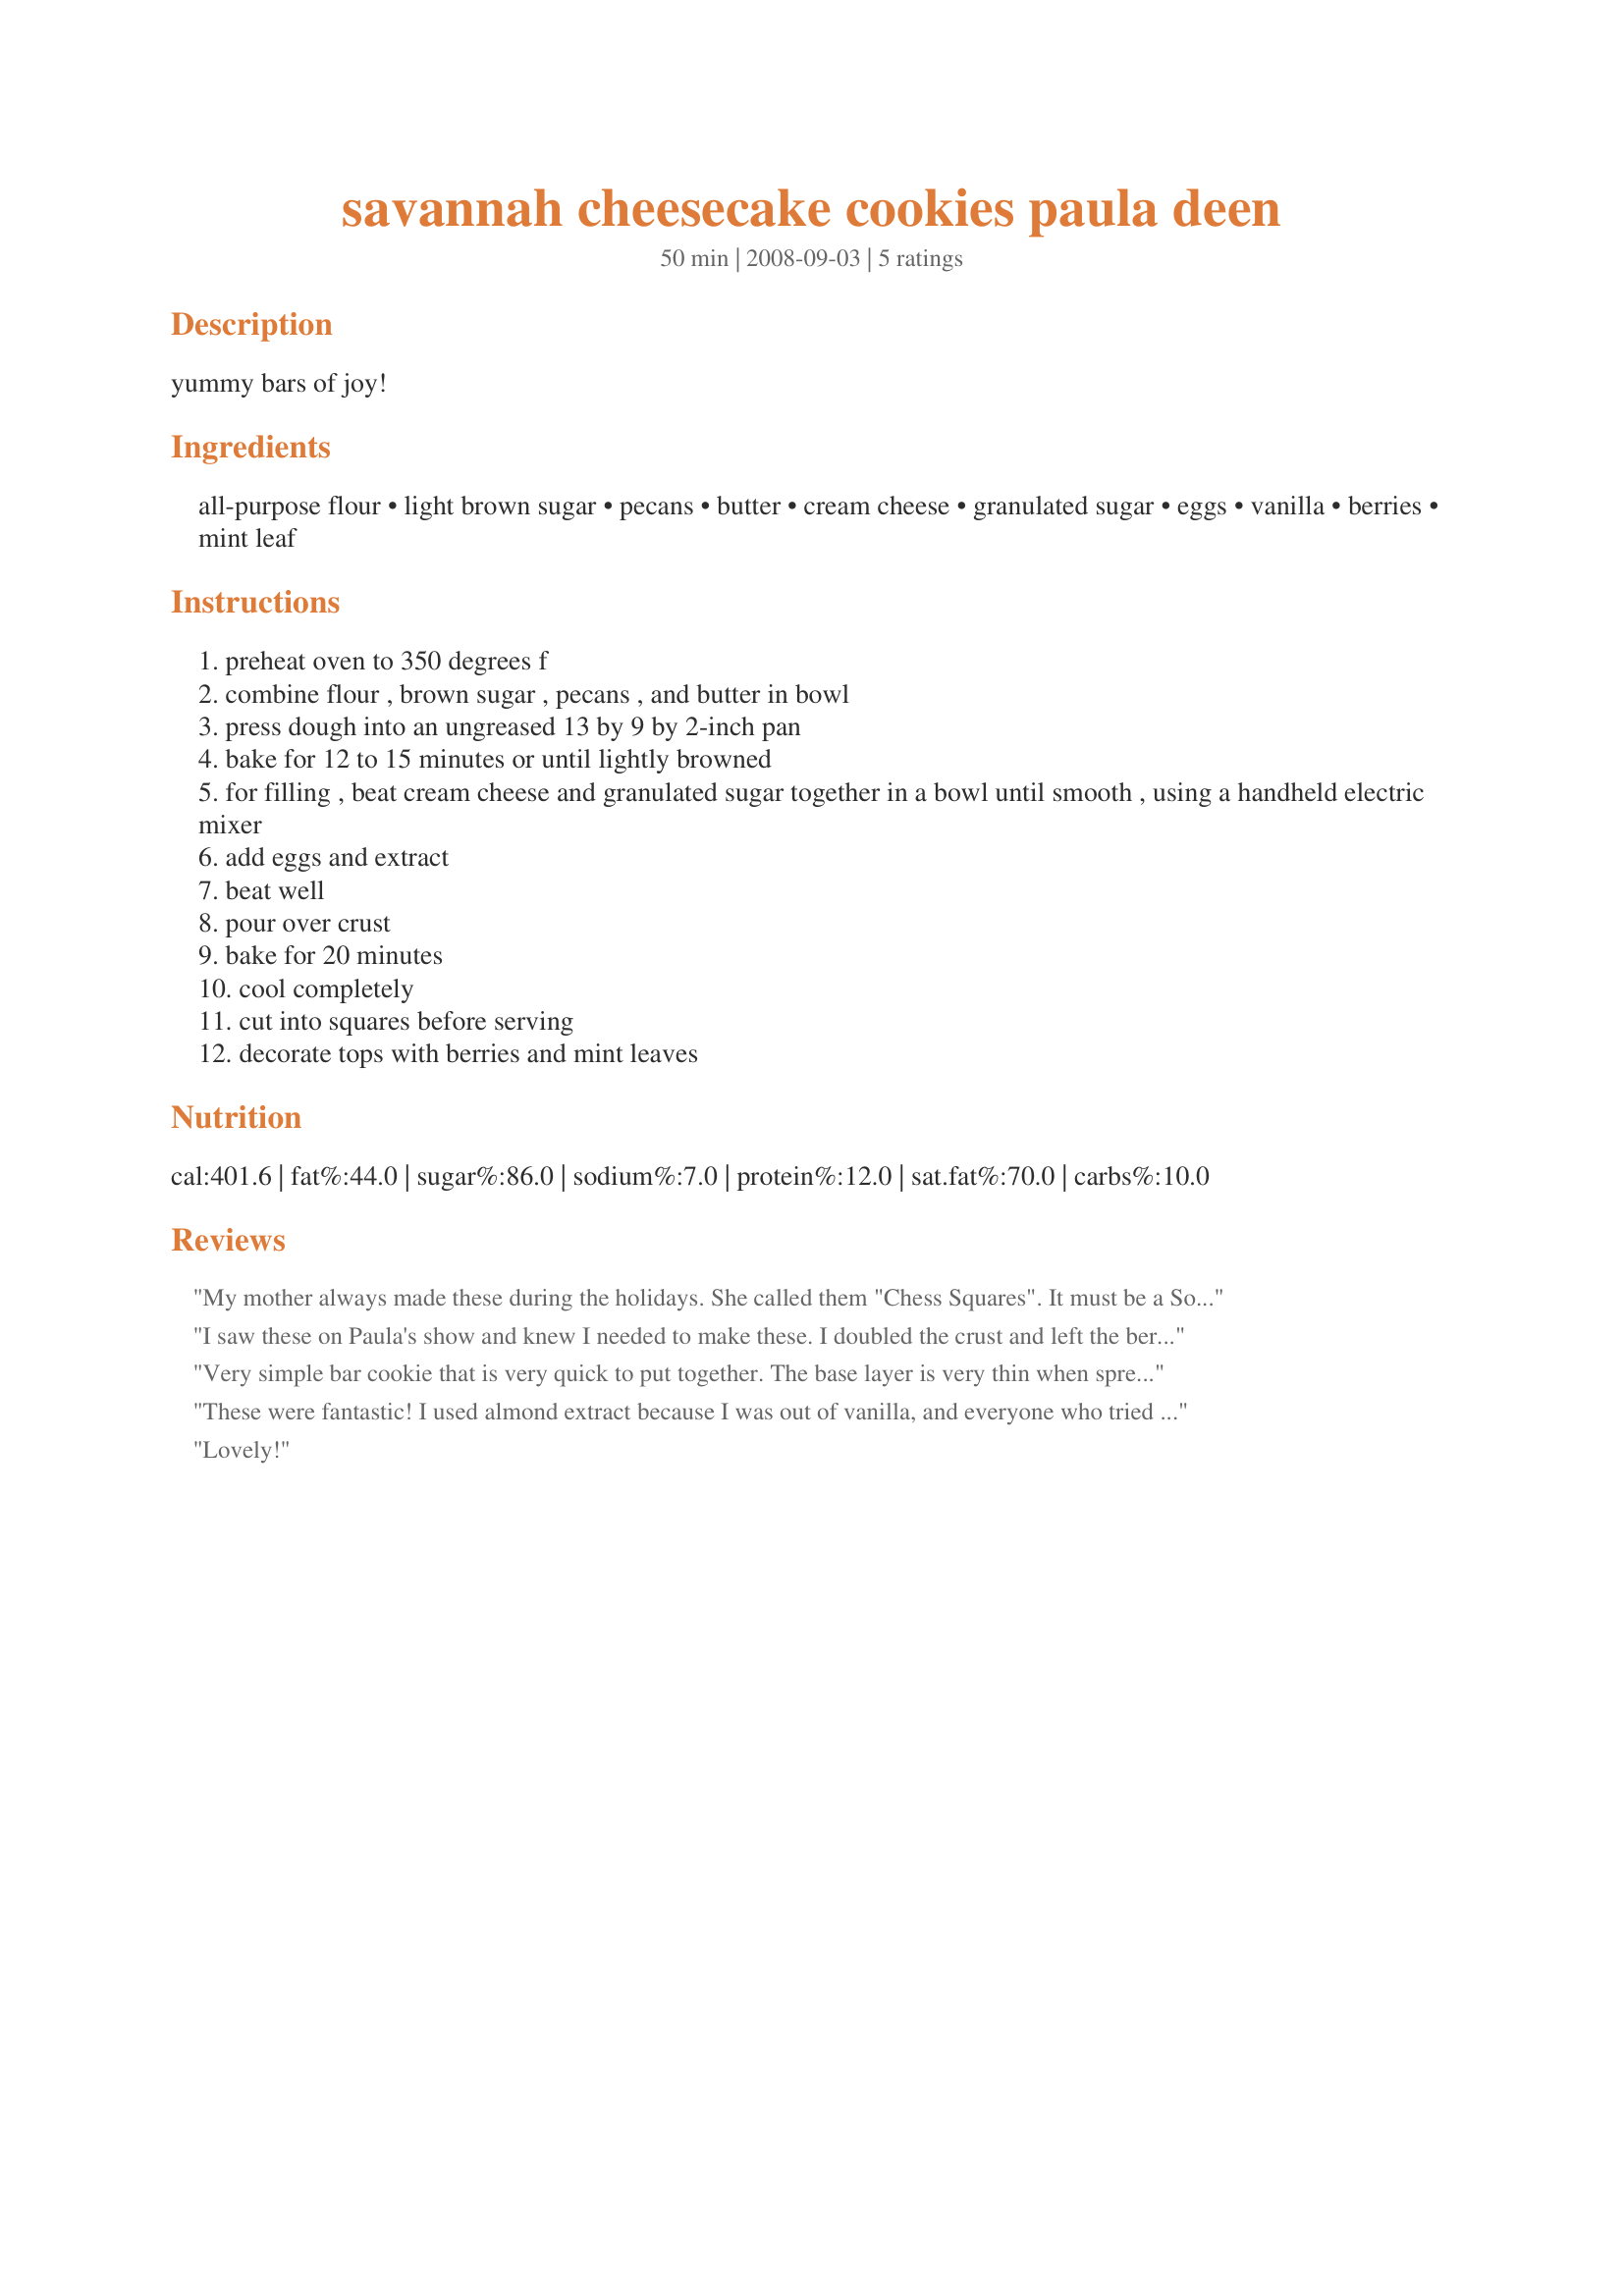
savannah cheesecake cookies paula deen
Preparation time: 50 minutes

yummy bars of joy!

Ingredients:
all-purpose flour, light brown sugar, pecans, butter, cream cheese, granulated sugar, eggs, vanilla, berries, mint leaf

Steps:
preheat oven to 350 degrees f
combine flour , brown sugar , pecans , and butter in bowl
press dough into an ungreased 13 by 9 by 2-inch pan
bake for 12 to 15 minutes or until lightly browned
for filling , beat cream cheese and granulated sugar together in a bowl until smooth , using a handheld electric mixer
add eggs and extract
beat well
pour over crust
bake for 20 minutes
cool completely
cut into squares before serving
decorate tops with berries and mint leaves

Reviews:
My mother always made these during the holidays. She called them "Chess Squares". It must be a Southern recipe because my Mom is from Mississippi. They are yummy!!!!
I saw these on Paula's show and knew I needed to make these. I doubled the crust and left the berries and mint off since hubby was taking them to work. They loved them so much I had to give them the recipe. These are wonderful! Thanks for posting.
Very simple bar cookie that is very quick to put together. The base layer is very thin when spread in the suggested size pan. It finished as a light, crispy layer but I would suggest either doubling the ingredients for the bottom or using an 8x8 baking pan if you like a thicker base. The cheesecake layer is very plain and not overly sweet. This makes it sort of a blank slate for lots of variations. I made a simple chocolate "glue" with dark chocolate chips and butter and attached a fresh raspberry to each cookie and dusted them with powdered sugar. I could imagine substituting peppermint flavoring for the vanilla at the holidays and topping with crushed peppermint candy or candy canes. They make a nice and easy treat for anytime. Made for ABC Tag on FB July '10.
These were fantastic! I used almond extract because I was out of vanilla, and everyone who tried these raved. They didn't last long!
Lovely!
